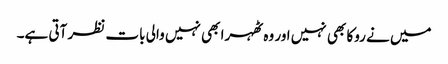
میں نے روکا بھی نہیں اور وہ ٹھہرا بھی نہیں والی بات نظر آتی ہے۔